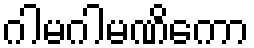
ဂါမဂါမဏိကော